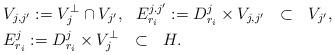
LaTeX: \begin{align*}& V_{j,j'} := V_j^{\perp} \cap V_{j'}, \ \ E_{r_i}^{j.j'} := D_{r_i}^j \times V_{j,j'} \ \ \subset \ \ V_{j'}, \\ & E_{r_i}^j := D_{r_i}^j \times V_j^{\perp} \ \ \subset \ \ H. \end{align*}